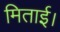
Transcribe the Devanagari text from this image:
मिताई।